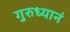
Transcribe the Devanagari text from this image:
गुरुध्यानं